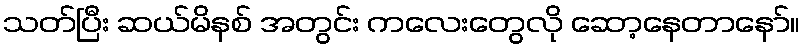
သတ်ပြီး ဆယ်မိနစ် အတွင်း ကလေးတွေလို ဆော့နေတာနော်။